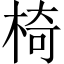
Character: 椅